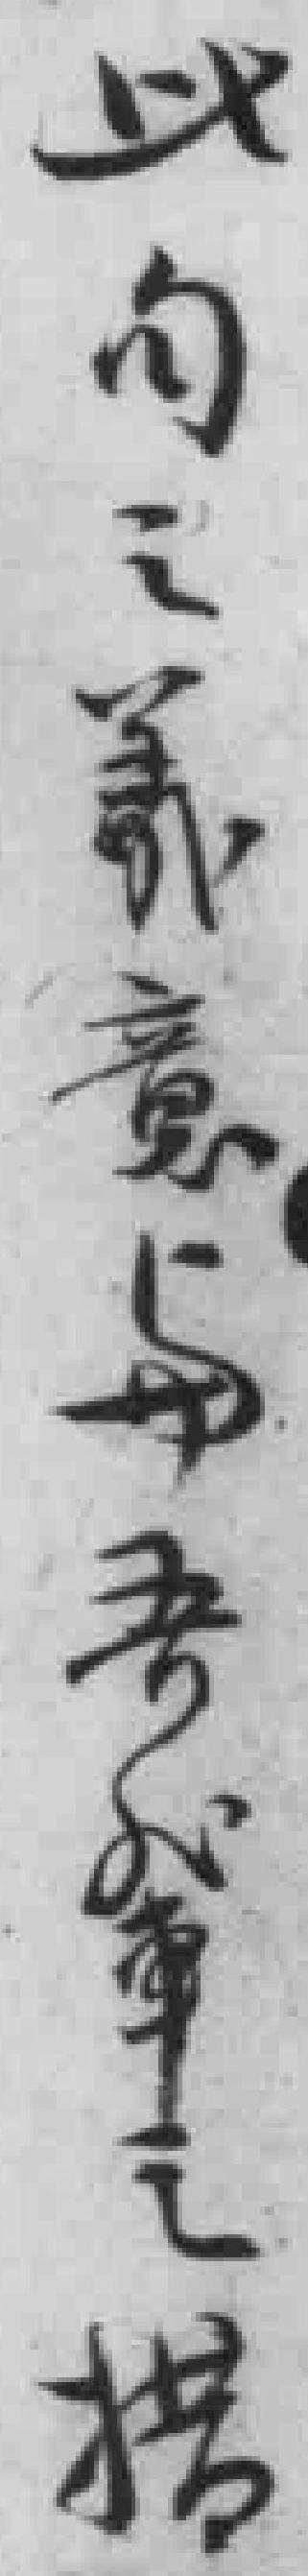
此句之義意与吾輩之措